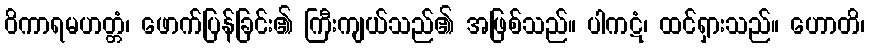
ဝိကာရမဟတ္တံ၊ ဖောက်ပြန်ခြင်း၏ ကြီးကျယ်သည်၏ အဖြစ်သည်။ ပါကဋံ၊ ထင်ရှားသည်။ ဟောတိ၊